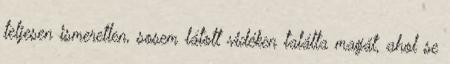
teljesen ismeretlen, sosem látott vidéken találta magát, ahol se